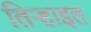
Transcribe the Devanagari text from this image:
तिर्‍हाइत